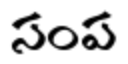
సంప